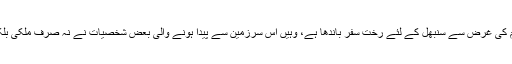
ہندوستان کی جہاں مختلف مایہ ناز ہستیوں نے حصول علم کی غرض سے سنبھل کے لئے رخت سفر باندھا ہے، وہیں اس سرزمین سے پیدا ہونے والی بعض شخصیات نے نہ صرف ملکی بلکہ عالمی پیمانہ پر دین اسلام کی خدمات پیش فرمائی ہیں۔